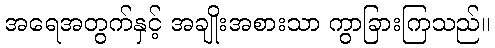
အရေအတွက်နှင့် အချိုးအစားသာ ကွာခြားကြသည်။